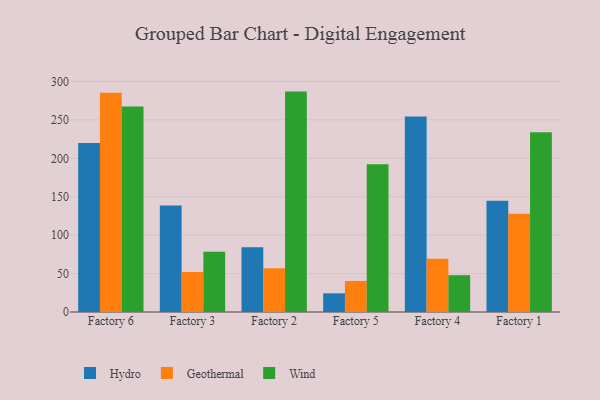
{"axis": {"x": "Factory", "y": "Inventory Turnover"}, "legend": ["Geothermal", "Hydro", "Wind"], "data": [{"x": "Factory 6", "y": 220.0, "type": "Hydro"}, {"x": "Factory 6", "y": 285.4, "type": "Geothermal"}, {"x": "Factory 6", "y": 267.4, "type": "Wind"}, {"x": "Factory 3", "y": 138.7, "type": "Hydro"}, {"x": "Factory 3", "y": 52.1, "type": "Geothermal"}, {"x": "Factory 3", "y": 78.5, "type": "Wind"}, {"x": "Factory 2", "y": 84.2, "type": "Hydro"}, {"x": "Factory 2", "y": 56.9, "type": "Geothermal"}, {"x": "Factory 2", "y": 286.8, "type": "Wind"}, {"x": "Factory 5", "y": 24.3, "type": "Hydro"}, {"x": "Factory 5", "y": 40.4, "type": "Geothermal"}, {"x": "Factory 5", "y": 192.3, "type": "Wind"}, {"x": "Factory 4", "y": 254.5, "type": "Hydro"}, {"x": "Factory 4", "y": 69.4, "type": "Geothermal"}, {"x": "Factory 4", "y": 47.9, "type": "Wind"}, {"x": "Factory 1", "y": 144.9, "type": "Hydro"}, {"x": "Factory 1", "y": 127.9, "type": "Geothermal"}, {"x": "Factory 1", "y": 233.9, "type": "Wind"}]}